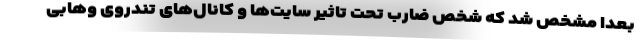
بعدا مشخص شد که شخص ضارب تحت تاثیر سایت‌ها و کانال‌های تندروی وهابی